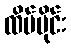
ထိပ်ပိုင်း